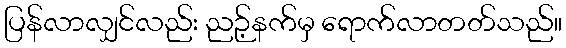
ပြန်လာလျှင်လည်း ညဉ့်နက်မှ ရောက်လာတတ်သည်။